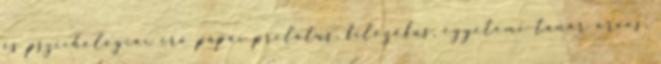
és pszichológiai író pápai prelátus, filozófus, egyetemi tanár orvos,